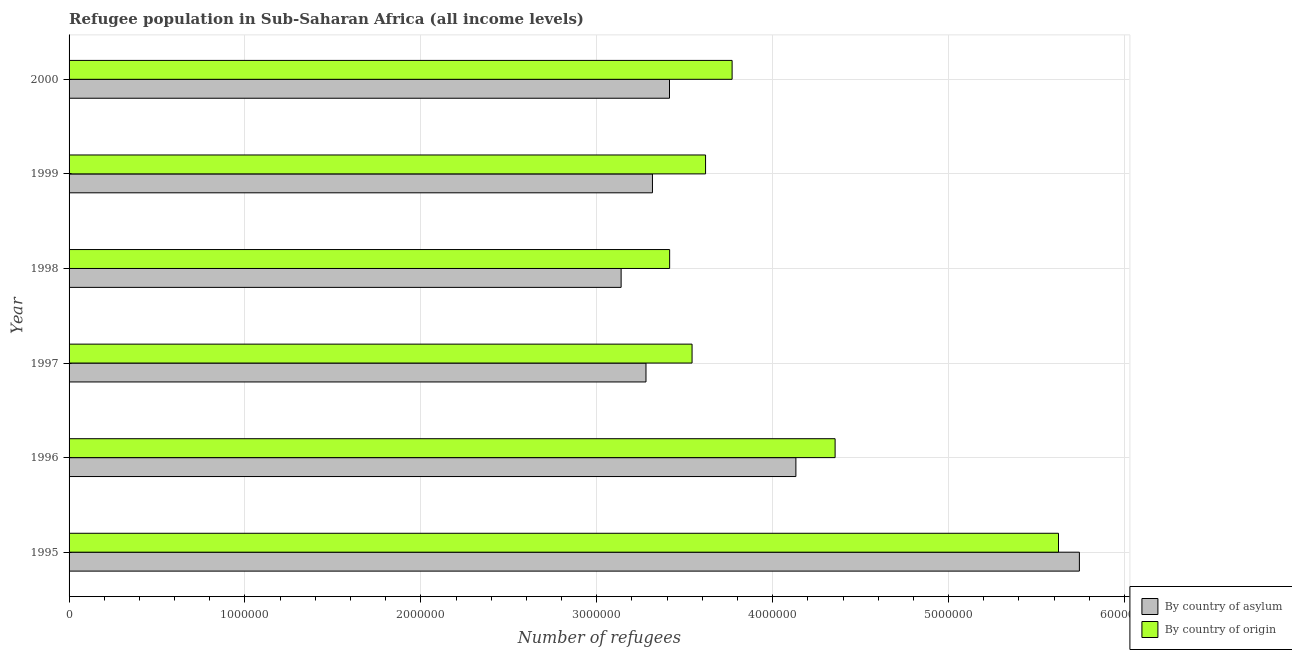
| Year | By country of asylum | By country of origin |
 | --- | --- | --- |
 | 1995 | 5.74e+06 | 5.62e+06 |
 | 1996 | 4.13e+06 | 4.35e+06 |
 | 1997 | 3.28e+06 | 3.54e+06 |
 | 1998 | 3.14e+06 | 3.41e+06 |
 | 1999 | 3.32e+06 | 3.62e+06 |
 | 2000 | 3.41e+06 | 3.77e+06 |